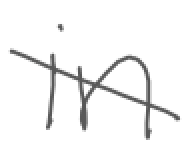
Text: in
Cross-out: diagonal
Writing tool: digital_gray